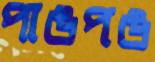
পাঙপঙ